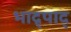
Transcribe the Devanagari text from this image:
भाद्र्पाद्